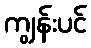
ကျွန်းပင်